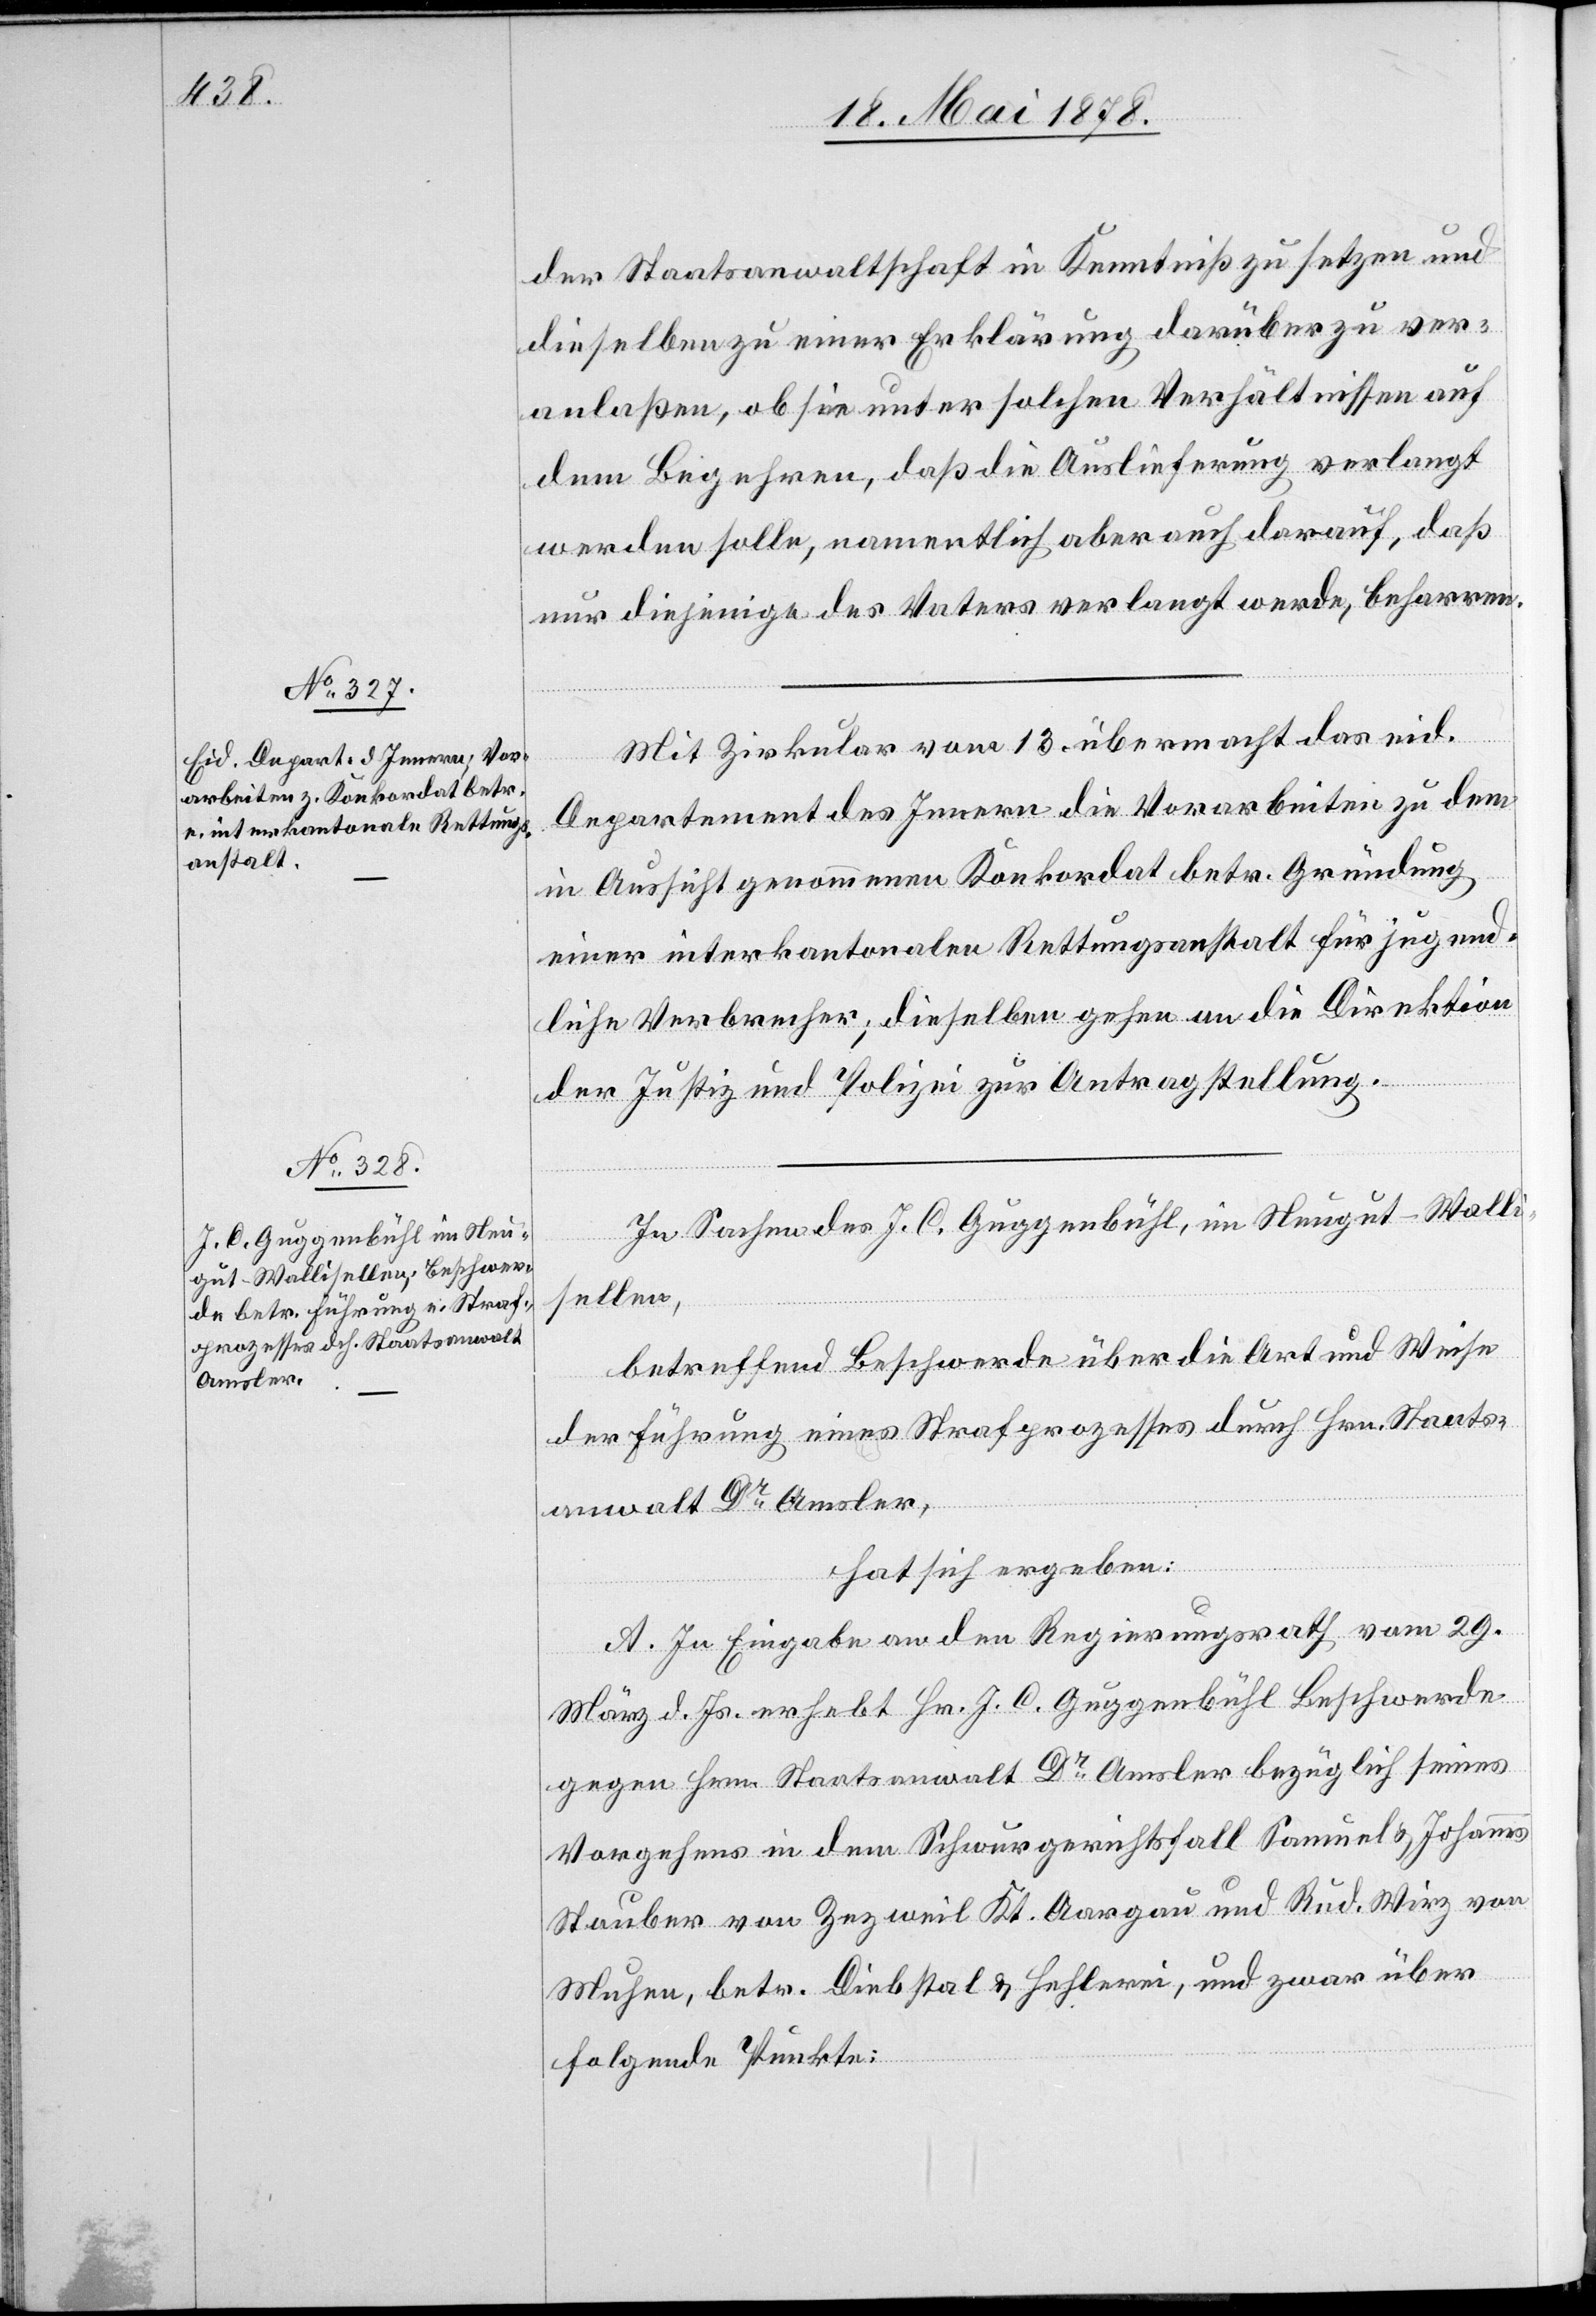
der Staatsanwaltschaft in Kenntniß zu setzen und
dieselben zu einer Erklärung darüber zu ver¬
anlaßen, ob sie unter solchen Verhältnissen auf
dem Begehren, daß die Auslieferung verlangt
werden solle, namentlich aber auch darauf, daß
nur diejenige des Vaters verlangt werde, beharren.
Mit Zirkular vom 13. übermacht das eid.
Departement des Innern die Vorarbeiten zu dem
in Aussicht genommenen Konkordat betr. Gründung
einer interkantonalen Rettungsanstalt für jugend¬
liche Verbrecher; dieselben gehen an die Direktion
der Justiz und Polizei zur Antragstellung.
In Sachen des J. C. Guggenbühl, im Neugut - Walli¬
sellen,
betreffend Beschwerde über die Art und Weise
der Führung eines Strafprozesses durch Hrn. Staats¬
anwalt Dr Amsler,
hat sich ergeben:
A. In Eingabe an den Regierungsrath vom 29.
März d. Js. erhebt Hr. J. C. Guggenbühl Beschwerde
gegen Hrn. Staatsanwalt Dr Amsler bezüglich seines
Vorgehens in dem Schwurgerichtsfall Samuel & Johannes
Stauber von Zezweil Kt. Aargau und Rud. Wirz von
Muhen, betr. Diebstal & Hehlerei, und zwar über
folgende Punkte: